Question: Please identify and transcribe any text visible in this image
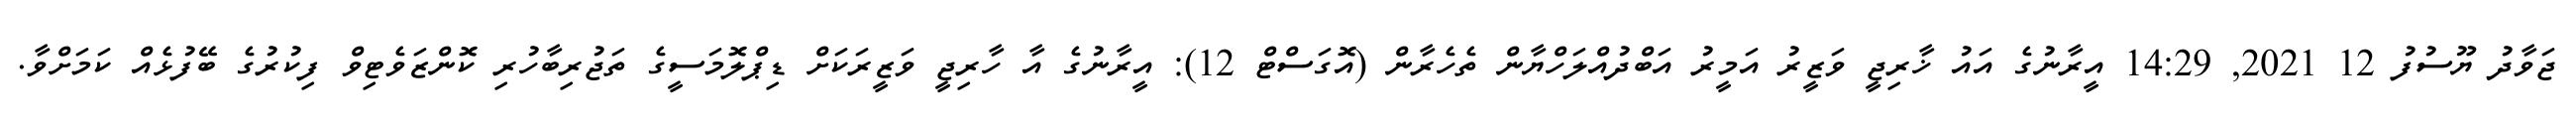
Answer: ޖަވާދު ޔޫސުފު 12 2021, 14:29 އީރާނުގެ އައު ޚާރިޖީ ވަޒީރު އަމީރު އަބްދުއްލަހްޔާން ތެހެރާން (އޮގަސްޓް 12): އީރާނުގެ އާ ހާރިޖީ ވަޒީރަކަށް ޑިޕްލޮމަސީގެ ތަޖުރިބާހުރި ކޮންޒަވެޓިވް ފިކުރުގެ ބޭފުޅެއް ކަމަށްވާ.